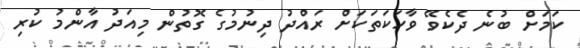
ކަމަށް ބުނެ ދެކެވޭ ވާހަކަތަކަށް ރައްދު ދިނުމުގެ ގޮތުން މިއަދު އާންމު ކުރި